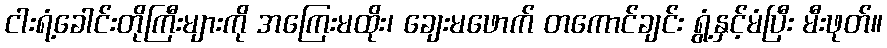
ငါးရံ့ခေါင်းတိုကြီးများကို အကြေးမထိုး၊ ချေးမဖောက် တကောင်ချင်း ရွံ့နှင့်မံပြီး မီးဖုတ်။